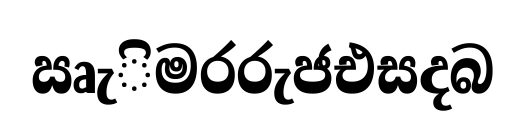
ඍැිමරරුජඑසදබ